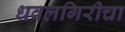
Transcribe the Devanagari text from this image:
धवलगिरीचा